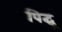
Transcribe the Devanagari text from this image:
पिद्धू